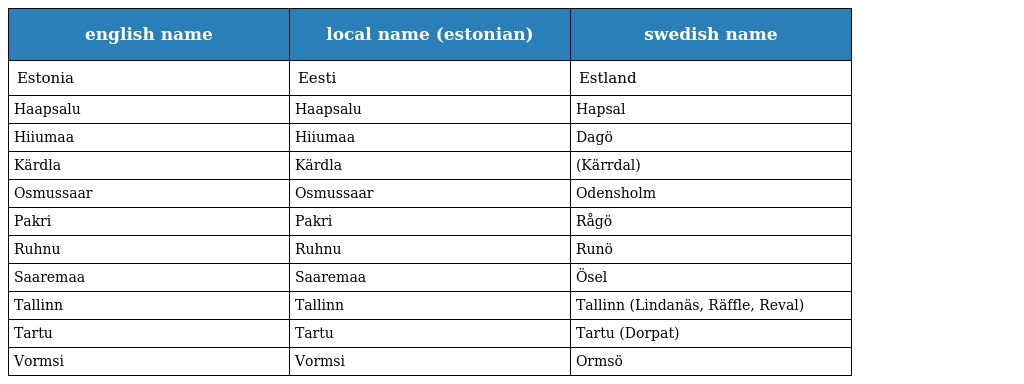
| english name | local name (estonian) | swedish name |
 | --- | --- | --- |
 | Estonia | Eesti | Estland |
 | Haapsalu | Haapsalu | Hapsal |
 | Hiiumaa | Hiiumaa | Dagö |
 | Kärdla | Kärdla | (Kärrdal) |
 | Osmussaar | Osmussaar | Odensholm |
 | Pakri | Pakri | Rågö |
 | Ruhnu | Ruhnu | Runö |
 | Saaremaa | Saaremaa | Ösel |
 | Tallinn | Tallinn | Tallinn (Lindanäs, Räffle, Reval) |
 | Tartu | Tartu | Tartu (Dorpat) |
 | Vormsi | Vormsi | Ormsö |